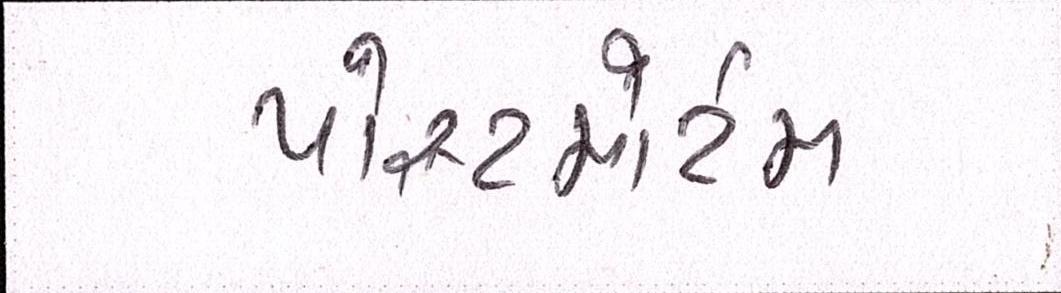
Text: પોસ્ટમોર્ટમ